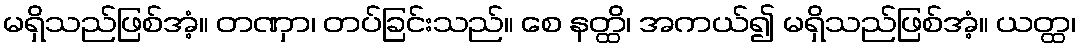
မရှိသည်ဖြစ်အံ့။ တဏှာ၊ တပ်ခြင်းသည်။ စေ နတ္ထိ၊ အကယ်၍ မရှိသည်ဖြစ်အံ့။ ယတ္ထ၊